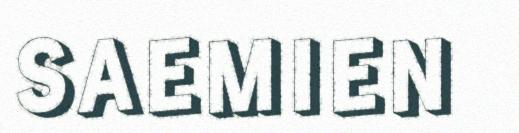
SAEMIEN